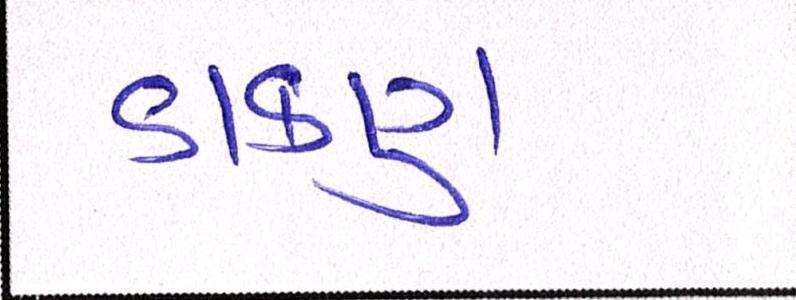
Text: ડાકણ